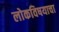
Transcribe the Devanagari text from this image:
लोकविषयाचा